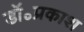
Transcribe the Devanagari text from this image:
डॉ॰प्रकाश